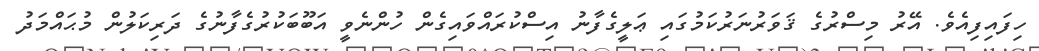
ހިފައިފިއެވެ. އޭރު މިސްރުގެ ޤަވަރުނަރުކަމުގައި ޢަލީގެފާނު އިސްކުރައްވައިގެން ހުންނެވީ އަބޫބަކުރުގެފާނުގެ ދަރިކަލުން މުޙައްމަދު